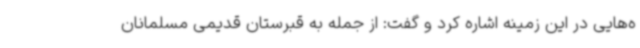
ه‌هایی در این زمینه اشاره کرد و گفت: از جمله به قبرستان قدیمی مسلمانان